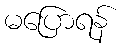
မပြောရန်